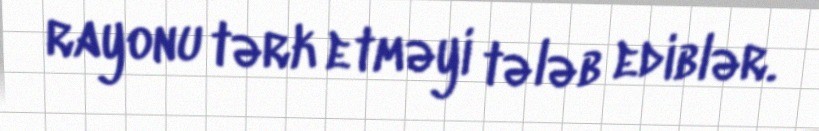
rayonu tərk etməyi tələb ediblər.